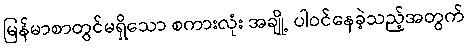
မြန်မာစာတွင်မရှိသော စကားလုံး အချို့ ပါဝင်နေခဲ့သည့်အတွက်